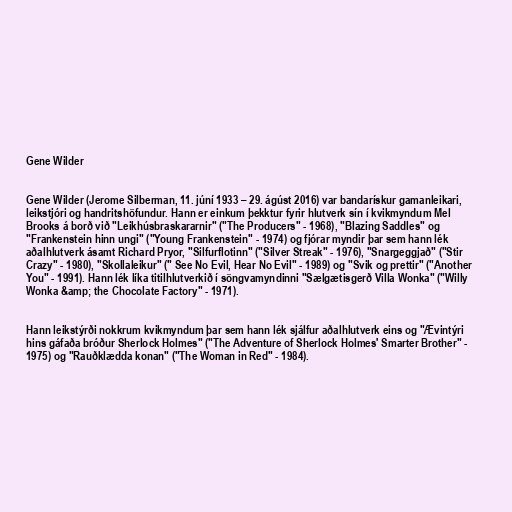
Gene Wilder

Gene Wilder (Jerome Silberman, 11. júní 1933 – 29. ágúst 2016) var bandarískur gamanleikari,
leikstjóri og handritshöfundur. Hann er einkum þekktur fyrir hlutverk sín í kvikmyndum Mel
Brooks á borð við "Leikhúsbraskararnir" ("The Producers" - 1968), "Blazing Saddles" og
"Frankenstein hinn ungi" ("Young Frankenstein" - 1974) og fjórar myndir þar sem hann lék
aðalhlutverk ásamt Richard Pryor, "Silfurflotinn" ("Silver Streak" - 1976), "Snargeggjað" ("Stir
Crazy" - 1980), "Skollaleikur" (" See No Evil, Hear No Evil" - 1989) og "Svik og prettir" ("Another
You" - 1991). Hann lék líka titilhlutverkið í söngvamyndinni "Sælgætisgerð Villa Wonka" ("Willy
Wonka &amp; the Chocolate Factory" - 1971).

Hann leikstýrði nokkrum kvikmyndum þar sem hann lék sjálfur aðalhlutverk eins og "Ævintýri
hins gáfaða bróður Sherlock Holmes" ("The Adventure of Sherlock Holmes' Smarter Brother" -
1975) og "Rauðklædda konan" ("The Woman in Red" - 1984).